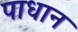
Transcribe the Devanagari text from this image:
पाधान